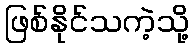
ဖြစ်နိုင်သကဲ့သို့